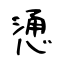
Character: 慂